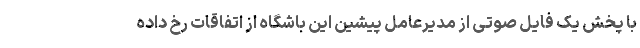
با پخش یک فایل صوتی از مدیرعامل پیشین این باشگاه از اتفاقات رخ داده